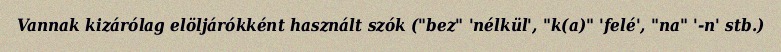
Vannak kizárólag elöljárókként használt szók ("bez" 'nélkül', "k(a)" 'felé', "na" '-n' stb.)